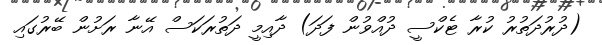
(ދުރުދަތުރު ކުރާ ޓެކްސީ ދުއްވުން ފަދަ) ދާއިމީ ދަތުރަކަސް އޭނާ ރަށުން ބޭރުގައި